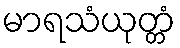
မာရသံယုတ္တံ